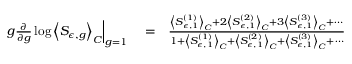
\begin{array} { r l r } { \left. g \frac { \partial } { \partial g } \log \left< S _ { \epsilon , g } \right> _ { C } \right| _ { g = 1 } } & { { } = } & { \frac { \left< S _ { \epsilon , 1 } ^ { ( 1 ) } \right> _ { C } + 2 \left< S _ { \epsilon , 1 } ^ { ( 2 ) } \right> _ { C } + 3 \left< S _ { \epsilon , 1 } ^ { ( 3 ) } \right> _ { C } + \cdots } { 1 + \left< S _ { \epsilon , 1 } ^ { ( 1 ) } \right> _ { C } + \left< S _ { \epsilon , 1 } ^ { ( 2 ) } \right> _ { C } + \left< S _ { \epsilon , 1 } ^ { ( 3 ) } \right> _ { C } + \cdots } } \end{array}